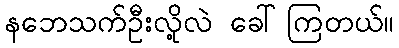
နဘေသက်ဦးလို့လဲ ခေါ်ကြတယ်။